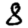
Digit: 8